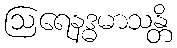
ဩရေနဒ္ဓမာသန္တိ